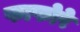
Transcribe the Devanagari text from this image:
फाफोरे